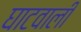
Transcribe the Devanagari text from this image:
घाटवाली